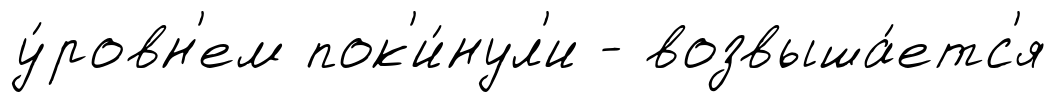
у́ровн'ем пок'и́нул'и - возвыша́етс'я